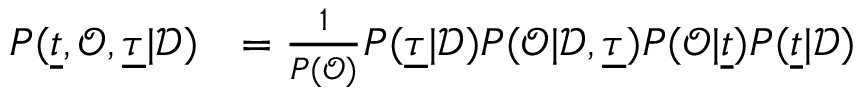
\begin{array} { r l } { P ( \underline { { t } } , \mathcal { O } , \underline { \tau } | \mathcal { D } ) } & { = \frac { 1 } { P ( \mathcal { O } ) } P ( \underline { \tau } | \mathcal { D } ) P ( \mathcal { O } | \mathcal { D } , \underline { \tau } ) P ( \mathcal { O } | \underline { { t } } ) P ( \underline { { t } } | \mathcal { D } ) } \end{array}